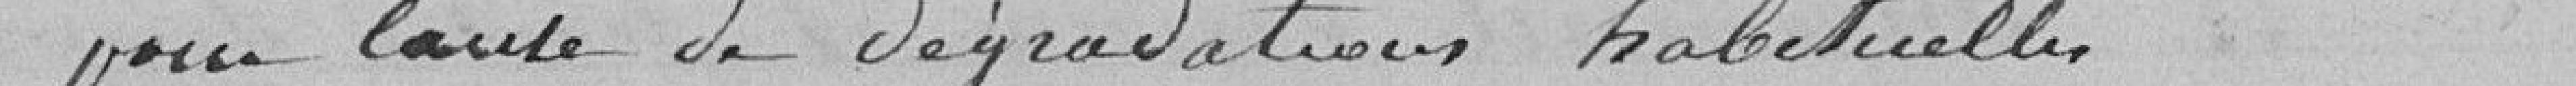
pour toute dégradations habituelles